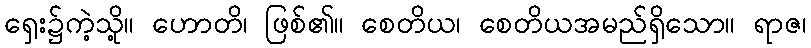
ရှေး၌ကဲ့သို့။ ဟောတိ၊ ဖြစ်၏။ စေတိယ၊ စေတိယအမည်ရှိသော။ ရာဇ၊